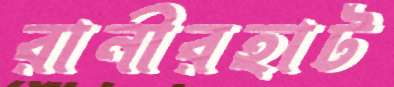
রানীরহাট